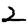
Digit: 2